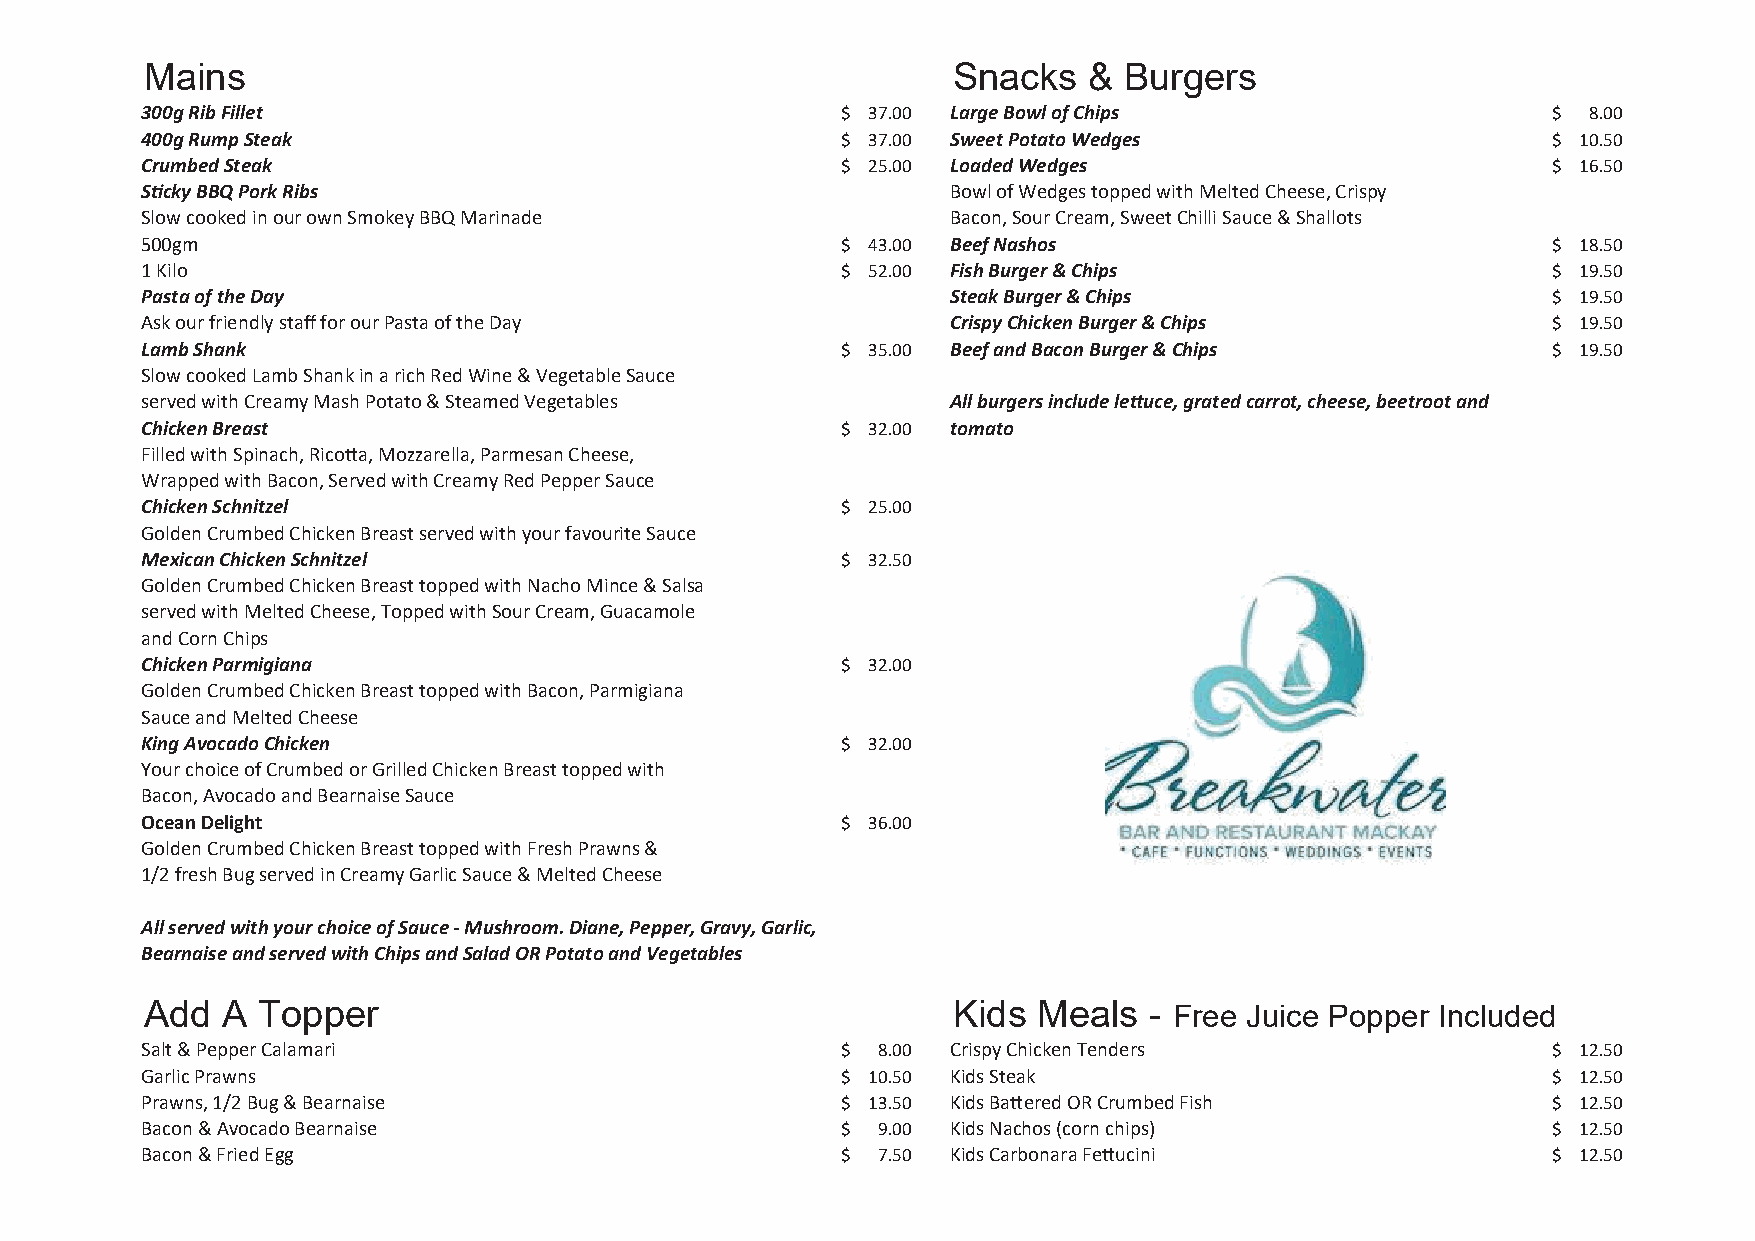
Mains                                                Snacks   & Burgers
 300g Rib Fillet                                $ 37.00 Large Bowl of Chips                    $ 8.00
 400g Rump Steak                                $ 37.00 Sweet Potato Wedges                    $ 10.50
 Crumbed Steak                                  $ 25.00 Loaded Wedges                          $ 16.50
 Sticky BBQ Pork Ribs                                  Bowl of Wedges topped with Melted Cheese, Crispy
 Slow cooked in our own Smokey BBQ Marinade            Bacon, Sour Cream, Sweet Chilli Sauce & Shallots
 500gm                                          $ 43.00 Beef Nashos                            $ 18.50
 1 Kilo                                         $ 52.00 Fish Burger & Chips                    $ 19.50
 Pasta of the Day                                      Steak Burger & Chips                    $ 19.50
 Ask our friendly staff for our Pasta of the Day       Crispy Chicken Burger & Chips           $ 19.50
 Lamb Shank                                     $ 35.00 Beef and Bacon Burger & Chips          $ 19.50
 Slow cooked Lamb Shank in a rich Red Wine & Vegetable Sauce
 served with Creamy Mash Potato & Steamed Vegetables   All burgers include lettuce, grated carrot, cheese, beetroot and
 Chicken Breast                                 $ 32.00 tomato
 Filled with Spinach, Rico�a, Mozzarella, Parmesan Cheese,
 Wrapped with Bacon, Served with Creamy Red Pepper Sauce
 Chicken Schnitzel                              $ 25.00
 Golden Crumbed Chicken Breast served with your favourite Sauce
 Mexican Chicken Schnitzel                      $ 32.50
 Golden Crumbed Chicken Breast topped with Nacho Mince & Salsa
 served with Melted Cheese, Topped with Sour Cream, Guacamole
 and Corn Chips
 Chicken Parmigiana                             $ 32.00
 Golden Crumbed Chicken Breast topped with Bacon, Parmigiana
 Sauce and Melted Cheese
 King Avocado Chicken                           $ 32.00
 Your choice of Crumbed or Grilled Chicken Breast topped with
 Bacon, Avocado and Bearnaise Sauce
 Ocean Delight                                  $ 36.00
 Golden Crumbed Chicken Breast topped with Fresh Prawns &
 1/2 fresh Bug served in Creamy Garlic Sauce & Melted Cheese
 All served with your choice of Sauce - Mushroom. Diane, Pepper, Gravy, Garlic,
 Bearnaise and served with Chips and Salad OR Potato and Vegetables
 Add  A Topper                                        Kids  Meals  - Free Juice Popper Included
 Salt & Pepper Calamari                         $ 8.00 Crispy Chicken Tenders                  $ 12.50
 Garlic Prawns                                  $ 10.50 Kids Steak                             $ 12.50
 Prawns, 1/2 Bug & Bearnaise                    $ 13.50 Kids Ba�ered OR Crumbed Fish           $ 12.50
 Bacon & Avocado Bearnaise                      $ 9.00 Kids Nachos (corn chips)                $ 12.50
 Bacon & Fried Egg                              $ 7.50 Kids Carbonara Fe�ucini                 $ 12.50